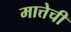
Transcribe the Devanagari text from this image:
मात्तेची